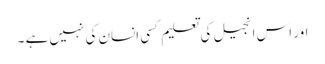
اور اس انجیل کی تعلیم کسی انسان کی نہیں ہے ۔